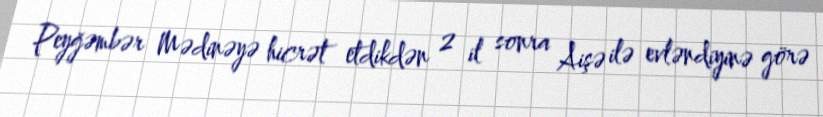
Peyğəmbər Mədinəyə hicrət etdikdən 2 il sonra Aişə ilə evləndiyinə görə